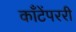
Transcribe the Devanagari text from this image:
काँटेंपररी